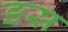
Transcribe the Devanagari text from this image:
ङस